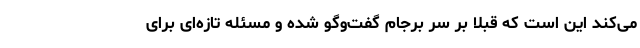
می‌کند این است که قبلاً بر سر برجام گفت‌وگو شده و مسئله تازه‌ای برای